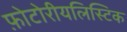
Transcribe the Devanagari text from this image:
फ़ोटोरीयलिस्टिक